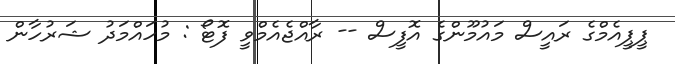
ޕީޕީއެމްގެ ރައީސް މައުމޫންގެ އޮފީސް -- ރާއްޖެއެމްވީ ފޮޓޯ : މުހައްމަދު ޝަރުހާން